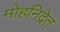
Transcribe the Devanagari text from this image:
मोहनिद्रेत